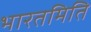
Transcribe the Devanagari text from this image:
भारतमिति